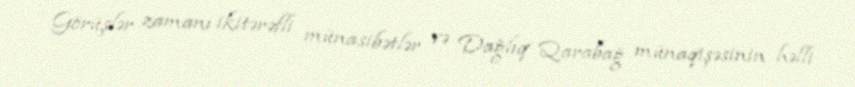
Görüşlər zamanı ikitərəfli münasibətlər və Dağlıq Qarabağ münaqişəsinin həlli